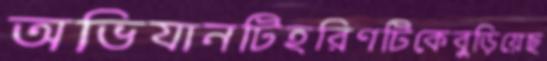
অভিযানটিহরিণটিকেবুড়িয়েছ